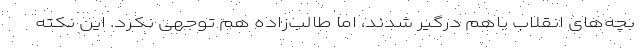
بچه‌های انقلاب باهم درگیر شدند، اما طالب‌زاده هم توجهی نکرد. این نکته